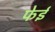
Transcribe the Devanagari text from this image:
फेई